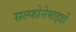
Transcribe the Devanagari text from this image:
सल्फोनेमाइडों